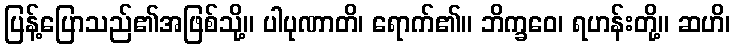
ပြန့်ပြောသည်၏အဖြစ်သို့။ ပါပုဏာတိ၊ ရောက်၏။ ဘိက္ခဝေ၊ ရဟန်းတို့။ ဆဟိ၊